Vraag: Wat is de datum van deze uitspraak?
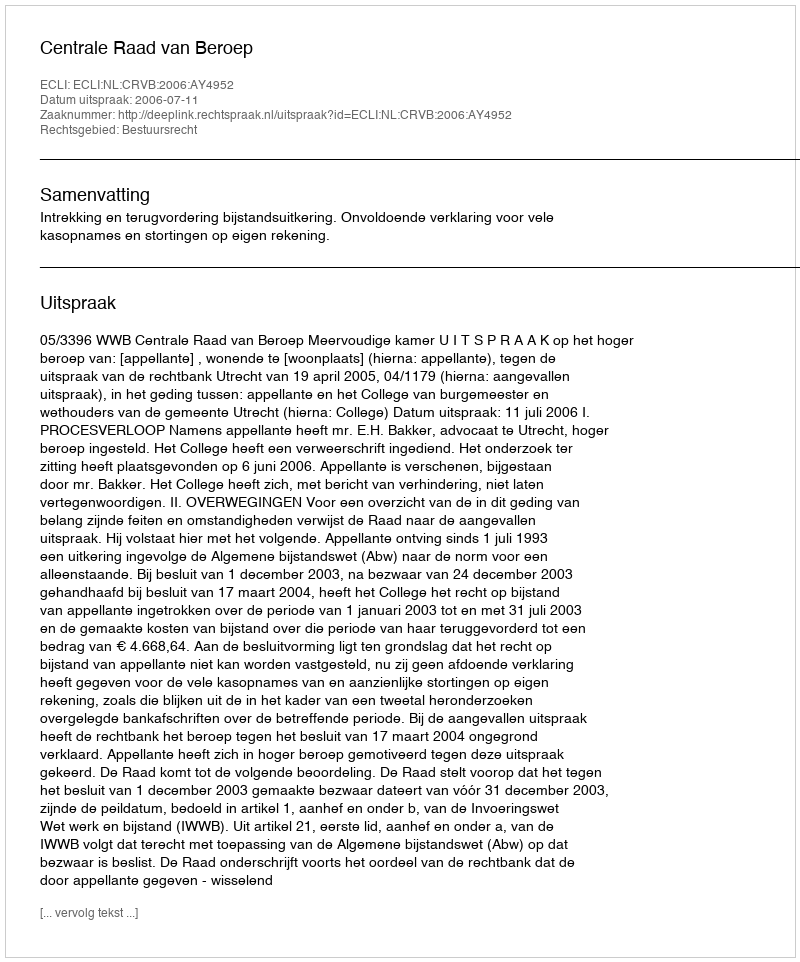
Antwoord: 2006-07-11